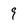
Character: 9